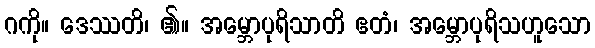
ဂကို။ ဒေဿတိ၊ ၏။ အမ္ဘောပုရိသာတိ ဧတံ၊ အမ္ဘောပုရိသဟူသော